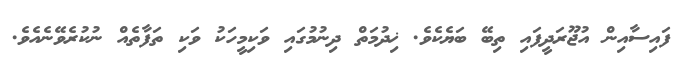
ފައިސާއިން އުޖޫރަދީފައި ތިބޭ ބަޔެކެވެ. ޚިދުމަތް ދިނުމުގައި ވަކިމީހަކު ވަކި ތަފާތެއް ނުކުރެވޭނެއެވެ.